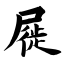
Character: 屣